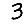
Digit: 3